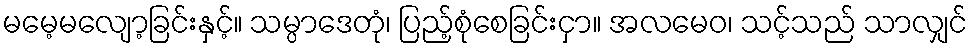
မမေ့မလျော့ခြင်းနှင့်။ သမ္ပာဒေတုံ၊ ပြည့်စုံစေခြင်းငှာ။ အလမေဝ၊ သင့်သည် သာလျှင်